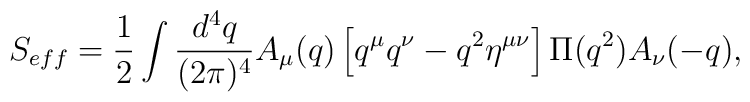
S_{eff} = {1\over 2}\int {d^4 q\over (2\pi)^4} A_\mu(q) \left[q^\mu q^\nu - q^2 \eta^{\mu\nu}\right]\Pi(q^2) A_\nu(-q),